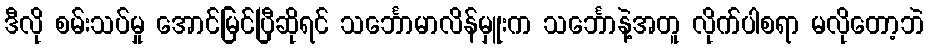
ဒီလို စမ်းသပ်မှု အောင်မြင်ပြီဆိုရင် သင်္ဘောမာလိန်မှူးက သင်္ဘောနဲ့အတူ လိုက်ပါစရာ မလိုတော့ဘဲ